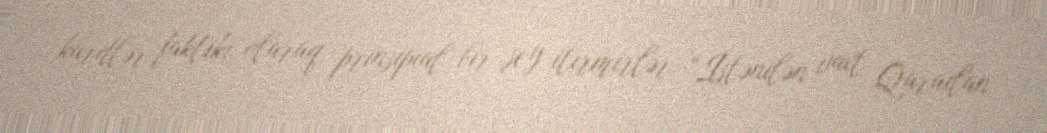
kürdlər faktiki olaraq prinsipial bir şey itirmirlər: “İstənilən vaxt Qarailan